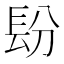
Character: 𰿌